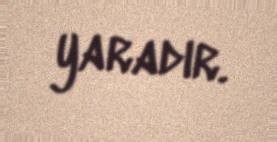
yaradır.